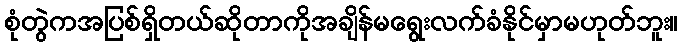
စုံတွဲကအပြစ်ရှိတယ်ဆိုတာကိုအချိန်မရွေးလက်ခံနိုင်မှာမဟုတ်ဘူး။